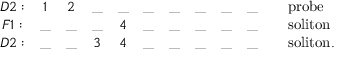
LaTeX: \begin{array} { c c c c c c c c c c l } { { D 2 : } } & { { 1 } } & { { 2 } } & { { \_ } } & { { \_ } } & { { \_ } } & { { \_ } } & { { \_ } } & { { \_ } } & { { \_ } } & { { \quad \mathrm { p r o b e } \nonumber } } \\ { { F 1 : } } & { { \_ } } & { { \_ } } & { { \_ } } & { { 4 } } & { { \_ } } & { { \_ } } & { { \_ } } & { { \_ } } & { { \_ } } & { { \quad \mathrm { s o l i t o n } \nonumber } } \\ { { D 2 : } } & { { \_ } } & { { \_ } } & { { 3 } } & { { 4 } } & { { \_ } } & { { \_ } } & { { \_ } } & { { \_ } } & { { \_ } } & { { \quad \mathrm { s o l i t o n . } } } \end{array}